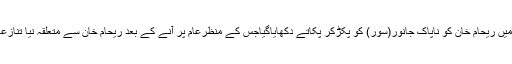
ایک ویڈیو کلپ میں ریحام خان کو ناپاک جانور(سور) کو پکڑکر پکاتے دکھایاگیاجس کے منظرعام پر آنے کے بعد ریحام خان سے متعلقہ نیا تنازعہ کھڑاہوگیاہے ۔